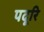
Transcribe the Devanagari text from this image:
पदूरि